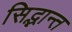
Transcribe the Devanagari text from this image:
सिद्भान्त